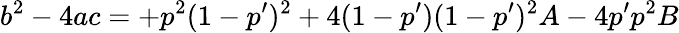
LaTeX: b^{2}-4ac=+p^{2}(1-p^{\prime})^{2}+4(1-p^{\prime})(1-p^{\prime})^{2}A-4p^{\prime}p^{2}B